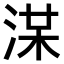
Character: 𣷞